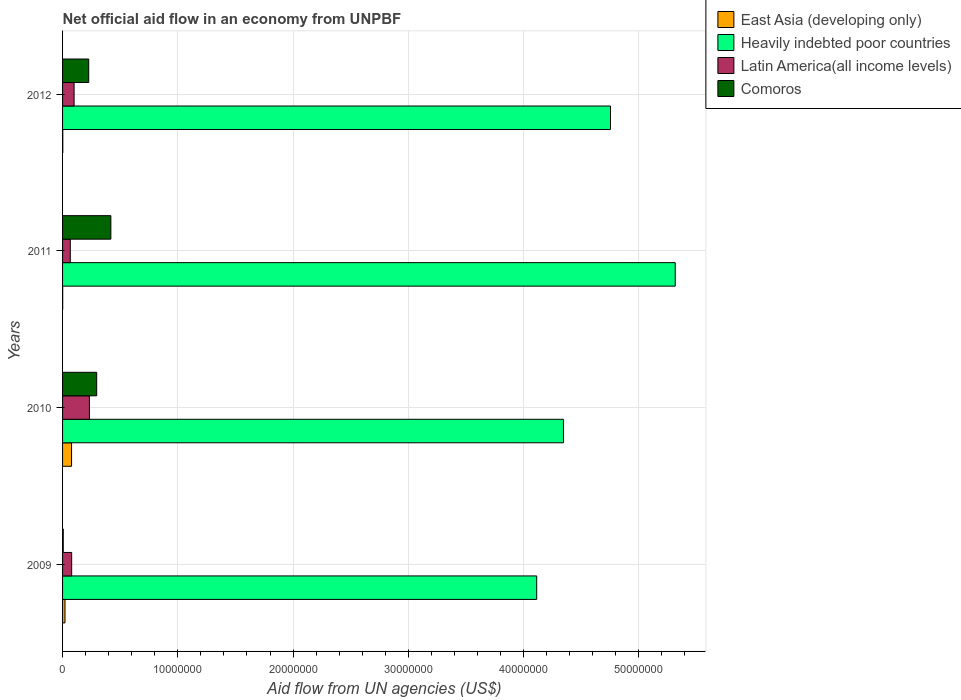
| Years | East Asia (developing only) | Heavily indebted poor countries | Latin America(all income levels) | Comoros |
 | --- | --- | --- | --- | --- |
 | 2009 | 2.1e+05 | 4.11e+07 | 7.9e+05 | 6e+04 |
 | 2010 | 7.8e+05 | 4.35e+07 | 2.33e+06 | 2.96e+06 |
 | 2011 | 1e+04 | 5.32e+07 | 6.7e+05 | 4.19e+06 |
 | 2012 | 2e+04 | 4.75e+07 | 1e+06 | 2.27e+06 |